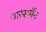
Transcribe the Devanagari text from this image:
वास्सर्मेंन